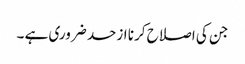
جن کی اصلاح کرنا ازحد ضروری ہے ۔